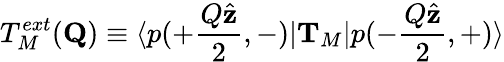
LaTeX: T_{M}^{ext}({\mathbf Q})\equiv\langle p(+\frac{Q\hat{\mathbf z}}{2},-)\vert{\mathbf T}_{M}\vert p(-\frac{Q\hat{\mathbf z}}{2},+)\rangle